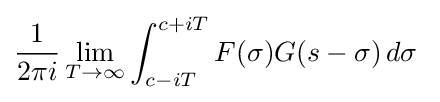
{\frac {1}{2\pi i}}\lim _{T\to \infty }\int _{c-iT}^{c+iT}F(\sigma )G(s-\sigma )\,d\sigma \